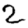
Digit: 2